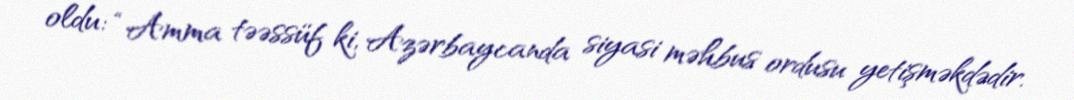
oldu: “Amma təəssüf ki, Azərbaycanda siyasi məhbus ordusu yetişməkdədir.